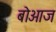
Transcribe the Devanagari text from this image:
बोआज